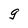
Character: g